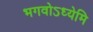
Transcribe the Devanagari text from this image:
भगवोऽध्येमि